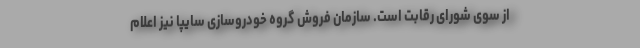
از سوی شورای رقابت است. سازمان فروش گروه خودروسازی سایپا نیز اعلام